Vaccine operations Central Provinces & Berar 1922-1929 - 1922-1929
Year: 1922
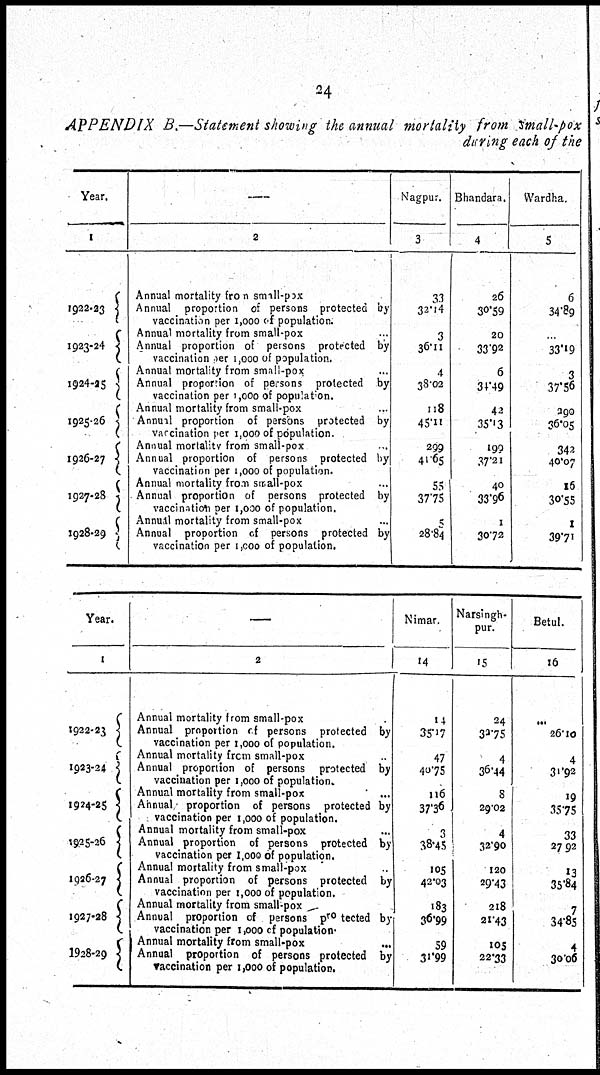
24
APPENDIX B.—Statement showing the annual mortality from small-pox
during each of the
Year.
1
1922-23
1923-24
1924-25
1925-26
1926-27
1927-28
1928-29
—
2
Annual mortality from small-pox
Annual proportion of persons protected by
vaccination per 1,000 of population.
Annual mortality from small-pox ...
Annual proportion of persons protected by
vaccination per 1,000 of population.
Annual mortality from small-pox ...
Annual proportion of persons protected by
vaccination per 1,000 of population.
Annual mortality from small-pox ...
Annual proportion of persons protected by
varcination per 1,000 of population.
Annual mortality from small-pox ...
Annual proportion of persons protected by
vaccination per 1,000 of population.
Annual mortality from small-pox ...
Annual proportion of persons protected by
vaccination per 1,000 of population.
Annual mortality from small-pox ...
Annual proportion of persons protected by
vaccination per 1,000 of population.
Nagpur.
3
33
32.14
3
36.11
4
38.02
118
45.11
299
41.65
55
37.75
5
28.84
Bhandara.
4
26
30.59
20
33.92
6
34.49
42
35.13
199
37.21
40
33.96
1
30.72
Wardha.
5
6
34.89
...
33.19
3
37.56
290
36.05
342
40.07
16
30.55
1
39.71
Year.
1
1922-23
1923-24
1924-25
1925-26
1926-27
1927-28
1928-29
—
2
Annual mortality from small-pox
Annual proportion of persons protected by
vaccination per 1,000 of population.
Annual mortality from small-pox ...
Annual proportion of persons protected by
vaccination per 1,000 of population.
Annual mortality from small-pox ...
Annual proportion of persons protected by
vaccination per 1,000 of population.
Annual mortality from small-pox ...
Annual proportion of persons protected by
vaccination per 1,000 of population.
Annual mortality from small-pox ...
Annual proportion of persons protected by
vaccination per 1,000 of population.
Annual mortality from small-pox
Annual proportion of persons protected by
vaccination per 1,000 of population.
Annual mortality from small-pox
...
Annual proportion of persons protected by
vaccination per 1,000 of population.
Nimar.
14
14
35.17
47
40.75
116
37.36
3
38.45
105
42.03
183
36.99
59
31.99
Narsingh¬
pur.
15
24
32.75
4
36.44
8
29.02
4
32.90
120
29.43
218
21.43
105
22.33
Betul.
16
...
26.10
4
31.92
19
35.75
33
27.92
13
35.84
7
34.85
4
30.06